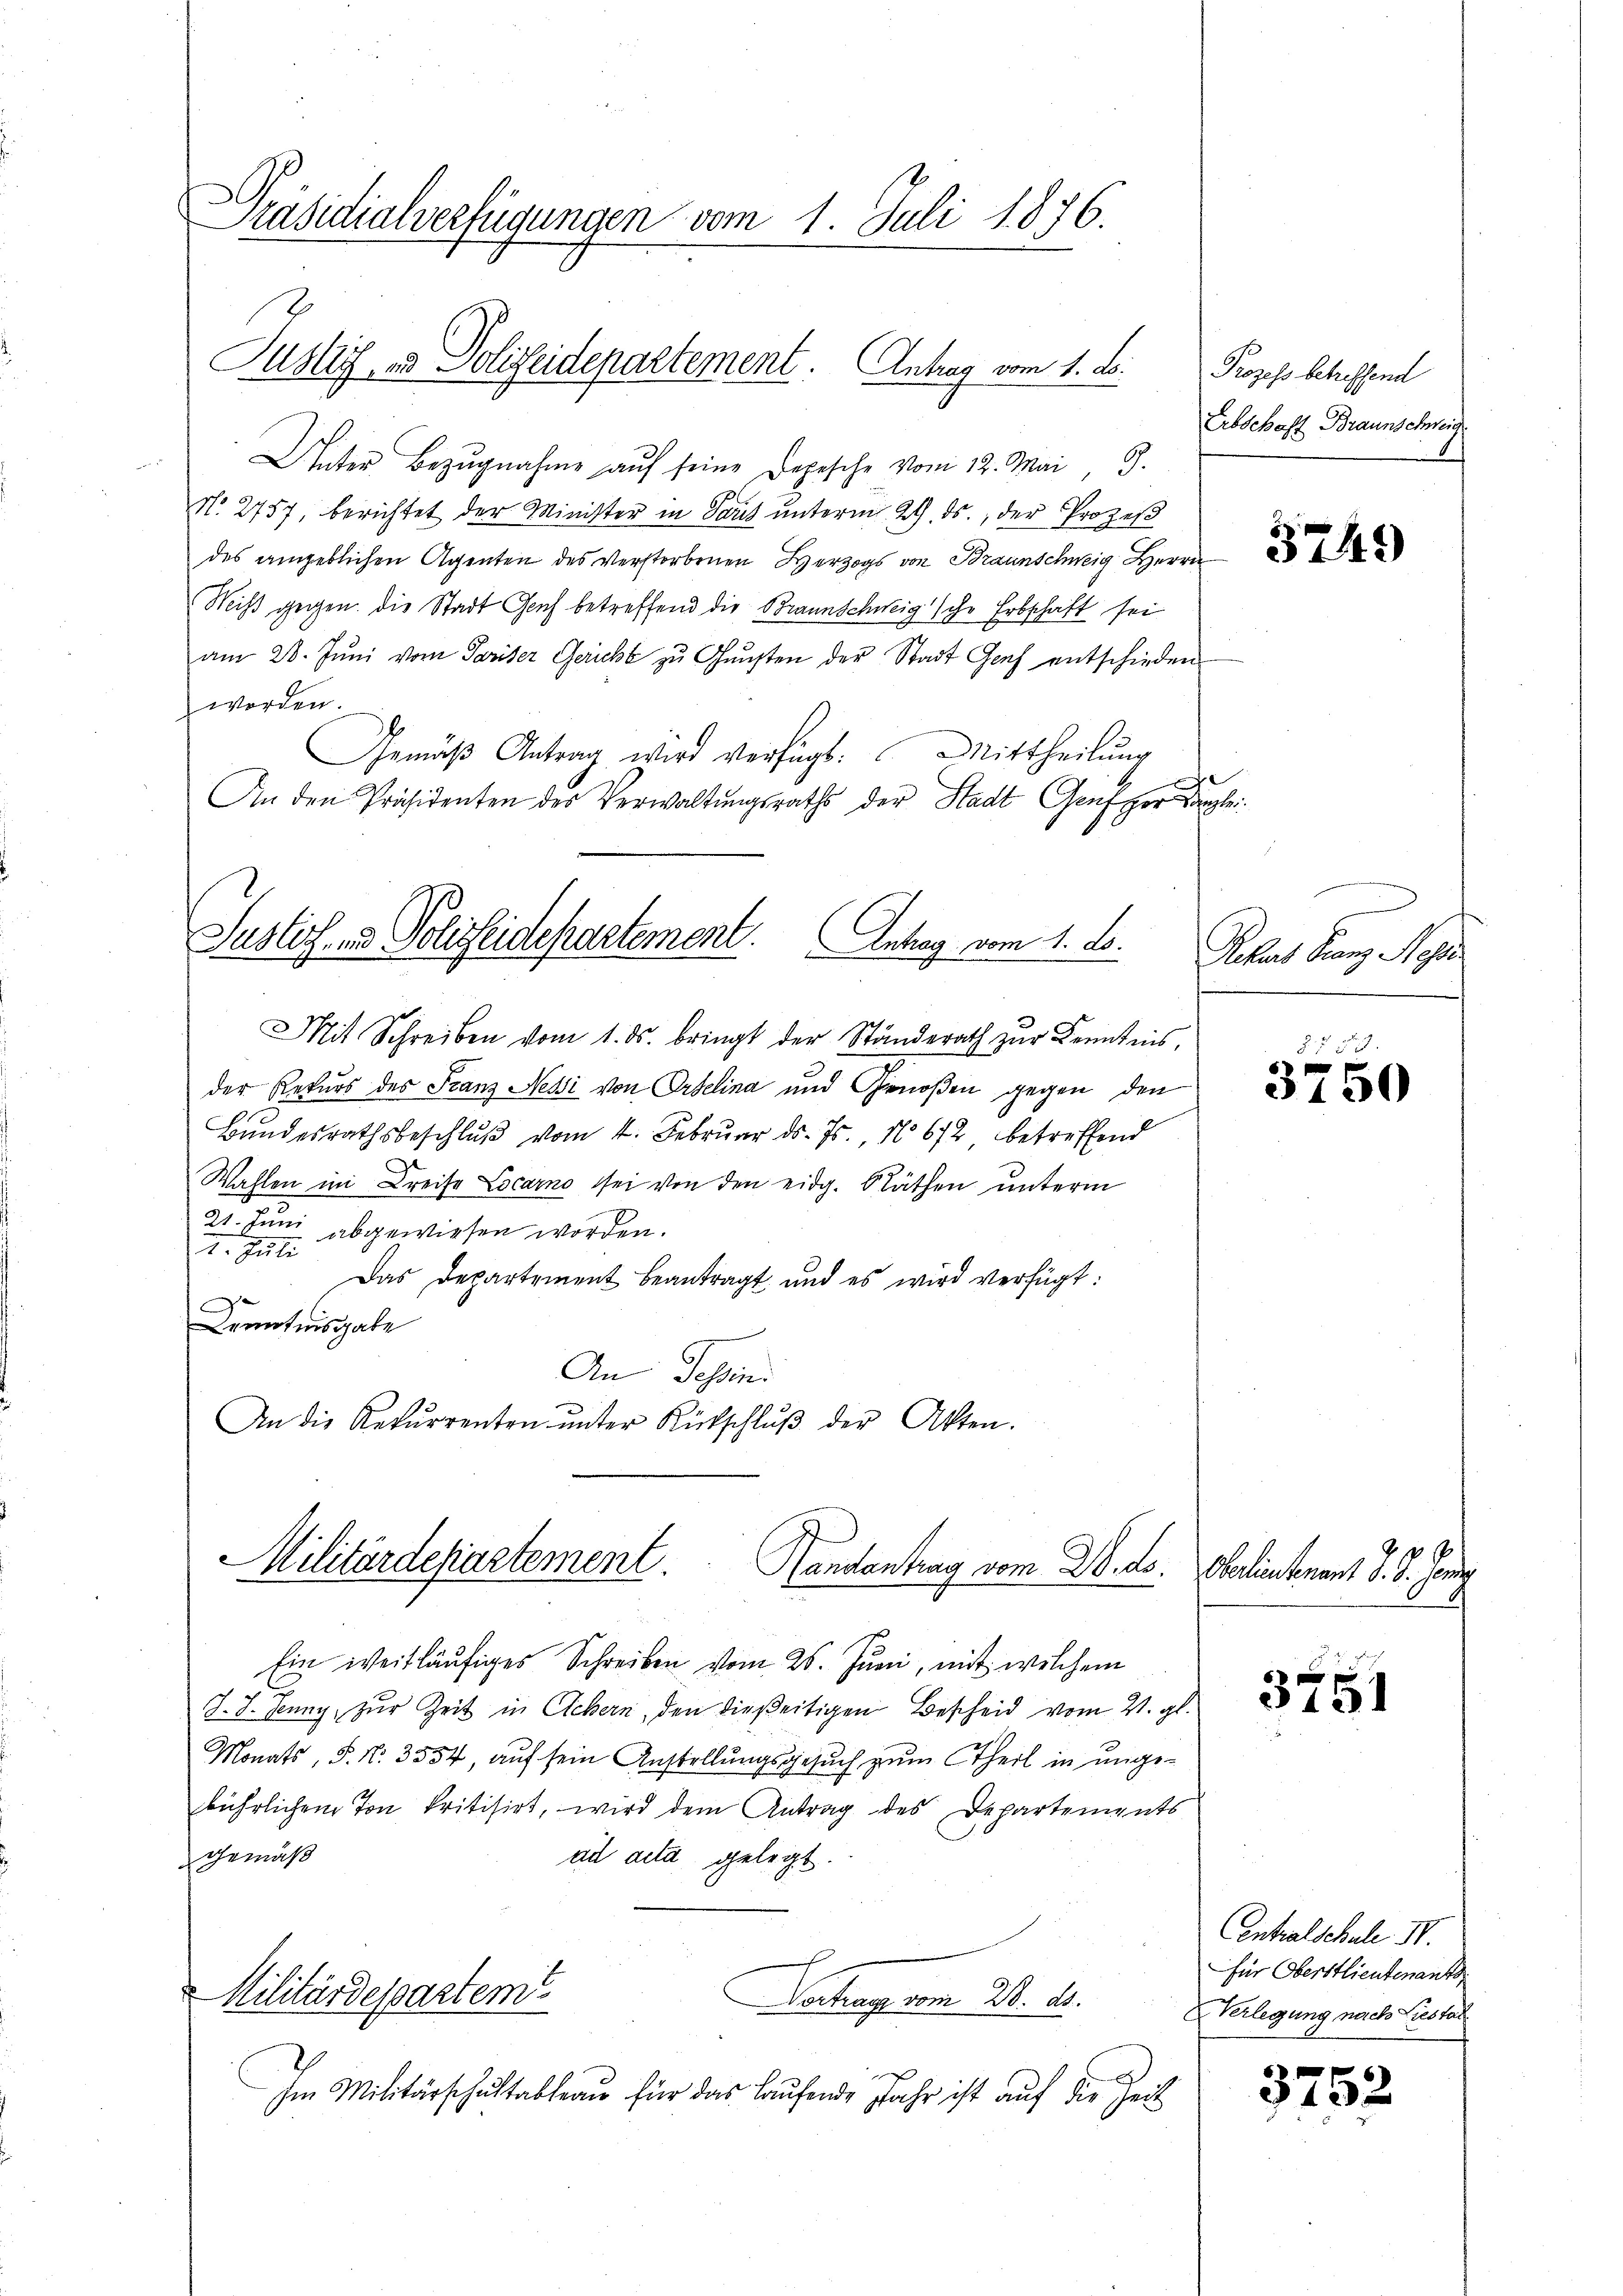
Präsidialverfügungen vom 1. Juli 1876.

Unter Bezŭgnahme aŭf seine Depesche vom 12. Mai, 9.
No. 2757, berichtet der Minister in Paris ŭnterm 29. ds., der Prozeβ
des angeblichen Agenten des Verstorbenen Herzogs von Braunschweig Herrn
Wiß gegen die Stadt Geich betreffend die Braunschweig sche Erbschaft sei
am 28. Jŭni vom Pariser Gericht zŭ Gŭnsten der Stadt Genf entschieden
worden.
Gemäß Antrag wird verfügt: Mittheilung
An den Präsidenten des Verwaltŭngsraths der Stadt Genf per Canzlei
Justiz- und Polizeidepartement. Antrag vom 1. ds.
Mit Schreiben vom 1. ds. bringt der Ständerath zur Kenntnis,
der Rekurs des Franz Nessi von Ortelina und Genoßen gegen den
Bundesrathsbeschluß vom 4. Februar d. Js., 1672 betreffend
Wahlen im Kreise Locarno sei von den eidg. Räthen unterm
21. Juni abgewiesen worden.
2. Juli
Das Departement beantragt und es wird verfügt:
D
entiusgabe
An Tessin.
An die Rekurrenten ŭnter Rückschlŭβ der Akten.

Justiz- und Polizeidepartement. Antrag vom 1. d.

Militärdepartement. Handantrag vom 28. ds. Oberlieutnant J. J. Jenny

tin weitläufiges Schreiben vom 25. Juni, mit welchem
2
J. J. Jenny, zur Zeit in Eichern, den dießeitigen Bescheid vom 21. gl.
Monats, S. Nr. 3554, auf sein Anstellungsgesuch zum theil in ungebührlichem Ton kritisirt, wird dem Antrag des Departements
gemäß
ad acta gelegt.
Militärdepartem
Dahrage vom 21. d.
Im Militärschultableau für das laufende Jahr ist auf die Zeit

Prozess betreffend
Erbschaft Braunschweig

3749)

Rekas Kanz Noss

3750

3751

Centralschule Nr.
für Oberstlieutenant
Verlegung nach Liestal

3752